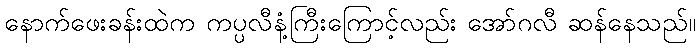
နောက်ဖေးခန်းထဲက ကပ္ပလီနံ့ကြီးကြောင့်လည်း အော်ဂလီ ဆန်နေသည်။